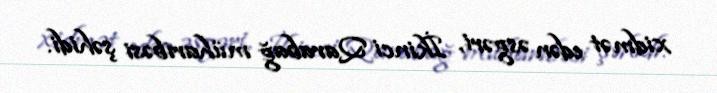
xidmət edən əsgəri, İkinci Qarabağ müharibəsi şəhidi.